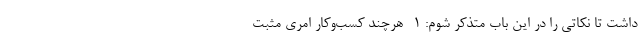
داشت تا نکاتی را در این باب متذکر شوم:‌ 1- هرچند کسب‌وکار امری مثبت